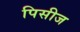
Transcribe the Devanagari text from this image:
पिसीज